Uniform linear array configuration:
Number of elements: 16
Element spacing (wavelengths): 0.75
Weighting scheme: uniform
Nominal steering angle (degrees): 60
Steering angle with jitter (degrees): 59.524
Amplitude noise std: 0.05
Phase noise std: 0.05

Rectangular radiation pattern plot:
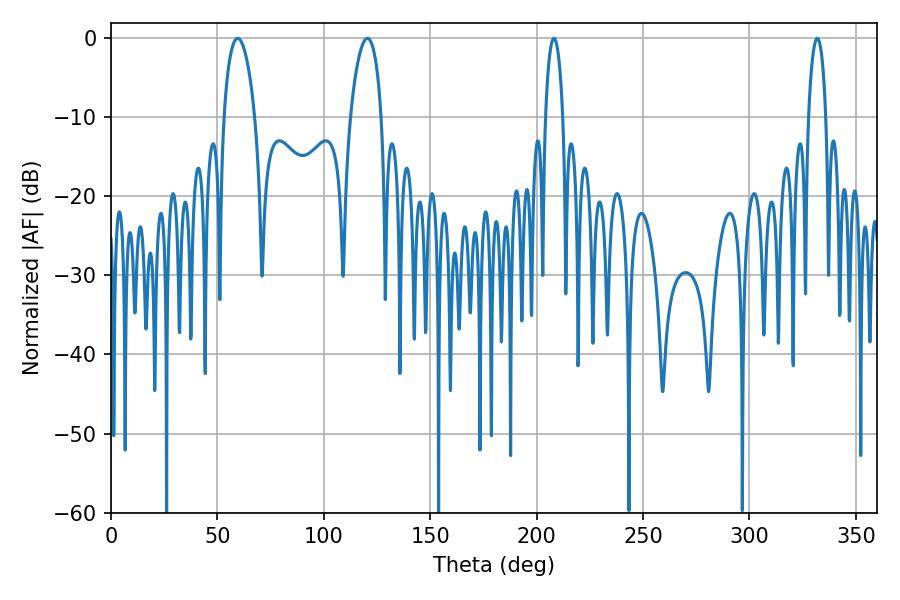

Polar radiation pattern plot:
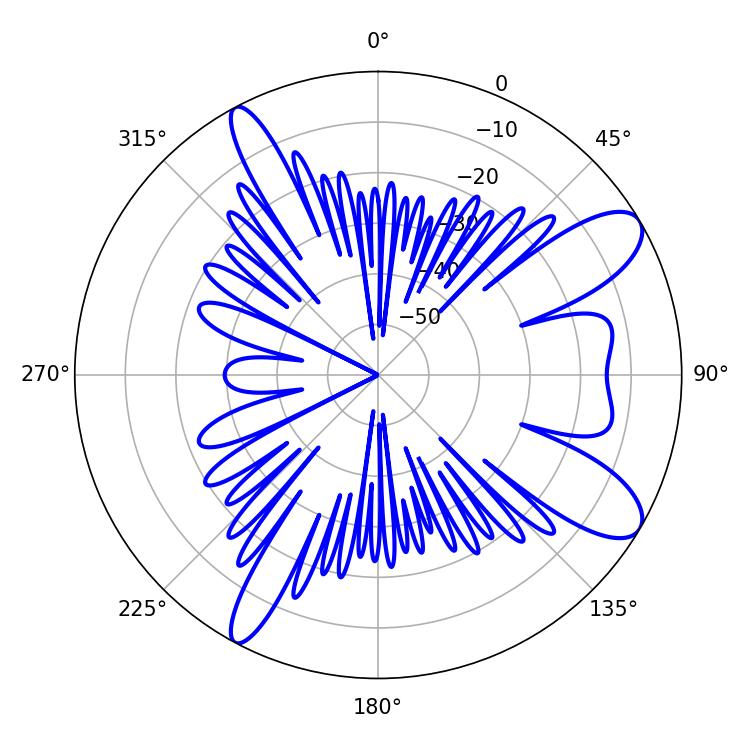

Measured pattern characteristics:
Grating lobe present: TRUE
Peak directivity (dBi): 9.977
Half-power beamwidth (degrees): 8.28
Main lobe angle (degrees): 59.58